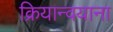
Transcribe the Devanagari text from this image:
क्रियान्वयाना